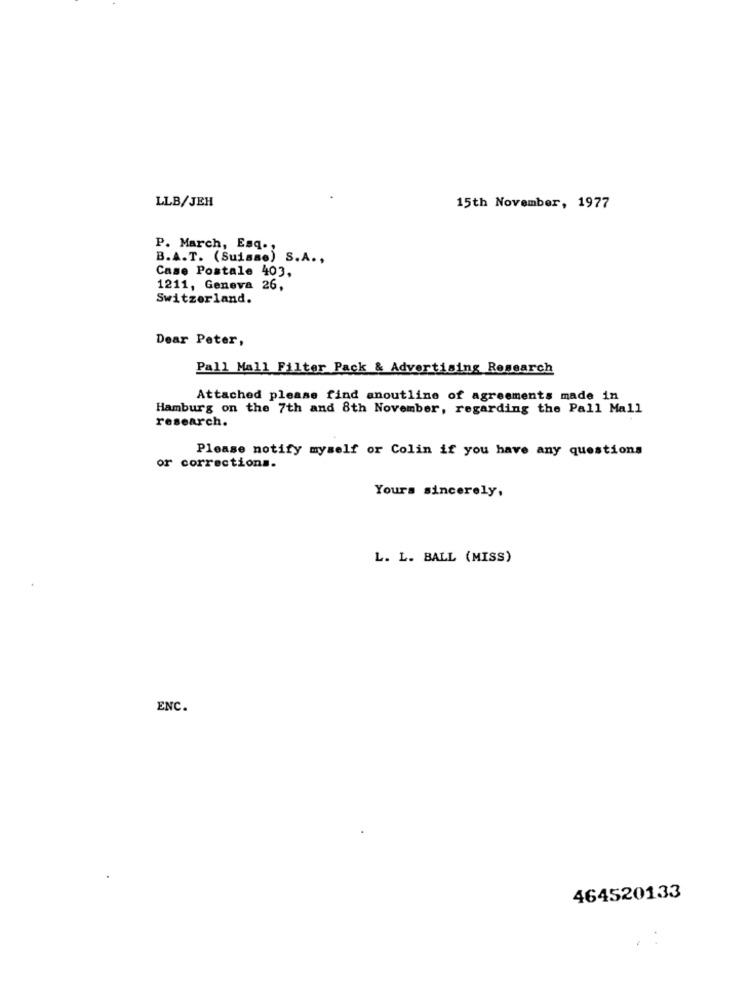
LLB/JEH
15th November, 1977
P. March, Esq .:
B.A.T. (Suisse) S.A .,
Case Postale 403,
1211, Geneva 26,
Switzerland.
Dear Peter,
Pall Mall Filter Pack & Advertising Research
Attached please find anoutline of agreements made in
Hamburg on the 7th and 8th November, regarding the Pall Mall
research.
Please notify myself or Colin if you have any questions
or corrections.
Yours sincerely,
L. L. BALL (MISS)
ENC.
464520133
2